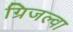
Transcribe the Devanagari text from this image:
ग्रिजल्वा